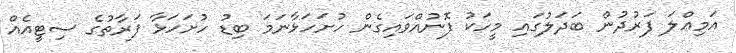
އަމިއްލަ ފަރުދުން ބަދަލުގައި މީހަކު ފޮނުއްވައިގެން ހުށަހަޅާނަމަ ބިޑު ހުށަހަޅާ ފަރާތުގެ ސިޓީއެއް